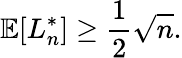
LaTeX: \mathbb{E}[L_{n}^{*}]\geq{\frac{1}{2}}{\sqrt{n}}.